Sanitation, dispensaries and jails vaccination Rajputana 1922-1927 - 1922-1927
Year: 1922
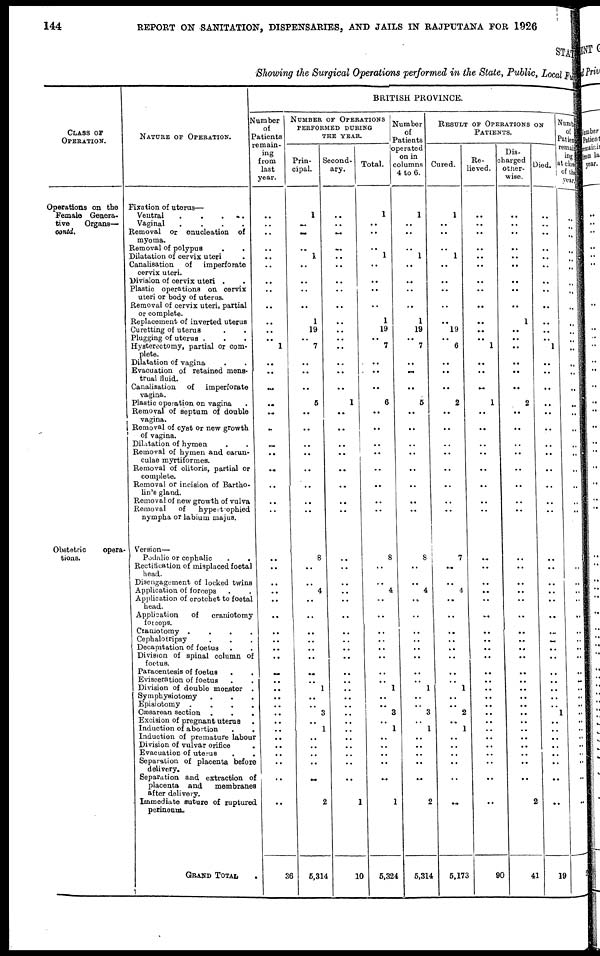
144
REPORT ON SANITATION, DISPENSARIES, AND JAILS IN RAJPUTANA FOR 1926
STATE
Showing the Surgical Operations performed in the State, Public, Local Fund
CLASS OF
OPERATION.
Operations on the
Female Genera¬
tive
Organs—
contd.
Obstetric
opera-
tions.
NATURE OF OPERATION.
Fixation of uterus—
Ventral
.
.
. .
Vaginal
.
.
.
.
Removal or enucleation of
myoma.
Removal of polypus . .
Dilatation of cervix uteri .
Canalisation
of
imperforate
cervix uteri.
Division of cervix uteri . .
Plastic operations on cervix
uteri or body of uterus.
Removal of cervix uteri, partial
or complete.
Replacement of inverted uterus
Curetting of uterus . .
Plugging of uterus . . .
Hysterectomy, partial or com-
plete.
Dilatation of vagina . .
Evacuation of retained mens-
trual fluid.
Canalisation
of
imperforate
vagina.
Plastic operation on vagina .
Removal of septum of double
vagina.
Removal of cyst or new growth
of vagina.
Dilatation of hymen . .
Removal of hymen and carun¬
culae myrtiformes.
Removal of clitoris, partial or
complete.
Removal or incision of Bartho¬
lin's gland.
Removal of new growth of vulva
Removal
of
hypert-ophied
nympha or labium maius.
Version—
Podalic or cephalic . .
Rectification of misplaced foetal
head.
Disengagement of locked twins
Application of forceps . .
Application of crotchet to foetal
head.
Application
of
craniotomy
forceps.
Craniotomy .
.
.
.
Cephalotripsy
.
.
.
Decapitation of foetus
.
.
Division of spinal column of
foetus.
Paracentesis of foetus . .
Evisceration of foetus . .
Division of double monster .
Symphysiotomy . . .
Episiotomy .
.
.
.
Cæsarean section . . .
Excision of pregnant uterus .
Induction of abortion . .
Induction of premature labour
Division of vulvar orifice .
Evacuation of uterus
. .
Separation of placenta before
delivery.
Separation and extraction of
placenta and
membranes
after delivery.
Immediate suture of ruptured
perineum.
GRAND TOTAL
BRITISH PROVINCE.
Number
of
Patients
remain¬
ing
from
last
year.
..
..
..
..
..
..
..
..
..
..
..
..
1
..
..
..
..
..
..
..
..
..
..
..
..
..
..
..
..
..
..
..
..
..
..
..
..
..
..
..
..
..
..
..
..
..
..
..
..
36
NUMBER OF OPERATIONS
PERFORMED DURING
THE YEAR.
Prin¬
cipal.
1
..
..
..
1
..
..
..
..
1
19
..
7
..
..
..
5
..
..
..
..
..
..
..
..
8
..
..
4
..
..
..
..
..
..
..
..
1
..
..
3
..
1
..
..
..
..
..
2
5,314
Second¬
ary.
..
..
..
..
..
..
..
..
..
..
..
..
..
..
..
..
1
..
..
..
..
..
..
..
..
..
..
..
..
..
..
..
..
..
..
..
..
..
..
..
..
..
..
..
..
..
..
..
1
10
Total.
1
..
..
..
1
..
..
..
..
1
19
..
7
..
..
..
6
..
..
..
..
..
..
..
..
8
..
..
4
..
..
..
..
..
..
..
..
1
..
..
3
..
1
..
..
..
..
..
2
5,324
Number
of
Patients
operated
on in
columns
4 to 6.
1
..
..
..
1
..
..
..
..
1
19
..
7
..
..
..
5
...
..
..
..
..
..
..
..
8
..
..
4
..
..
..
..
..
..
..
..
1
..
..
3
..
1
..
..
..
..
..
2
5,314
RESULT OF OPERATIONS ON
PATIENTS.
Cured.
1
..
..
..
1
..
..
..
..
..
19
..
6
..
..
..
2
..
..
..
..
..
..
..
..
7
..
..
4
..
..
..
..
..
..
..
..
1
..
..
2
..
1
..
..
..
..
..
..
5,173
Re¬
lieved.
..
..
..
..
..
..
..
..
..
..
..
..
1
..
..
..
1
..
..
..
..
..
..
..
..
..
..
..
..
..
..
..
..
..
..
..
..
..
..
..
..
..
..
..
..
..
..
..
..
90
Dis¬
charged
other-
wise.
..
..
..
..
..
..
..
..
..
1
..
..
..
..
..
..
2
. ..
..
..
..
..
..
..
..
..
..
..
..
..
..
..
..
..
..
..
..
..
..
..
..
..
..
..
..
..
..
..
2
41
Died.
..
..
..
..
..
..
..
..
..
..
..
..
1
..
..
..
..
..
..
..
..
..
..
..
..
..
..
..
..
..
..
..
..
..
..
..
..
..
..
..
..
1
..
..
..
..
..
..
..
19
Number
of
Patient
remain¬
ing
at close
of the
year
..
..
..
..
..
..
..
..
..
..
..
..
..
..
..
..
..
..
..
..
..
..
..
..
..
..
..
..
..
..
..
..
..
..
..
..
..
..
..
..
..
..
..
..
..
..
..
..
..
..